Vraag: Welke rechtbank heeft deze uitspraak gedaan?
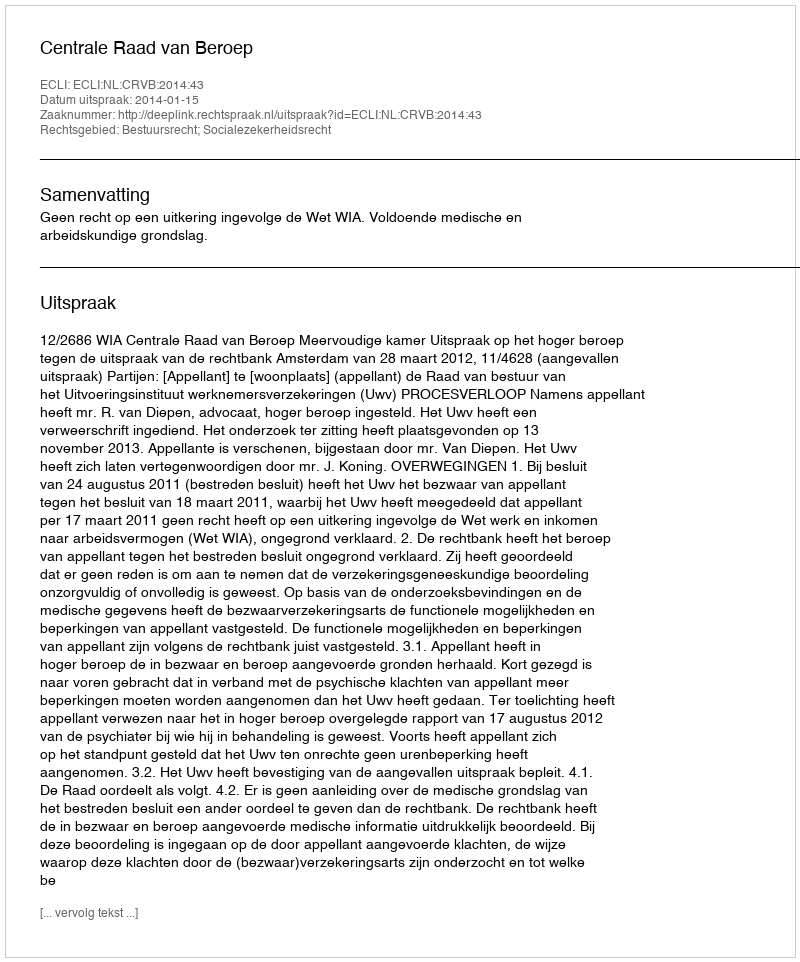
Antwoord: Centrale Raad van Beroep